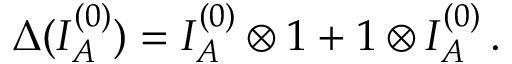
\Delta ( I _ { A } ^ { ( 0 ) } ) = I _ { A } ^ { ( 0 ) } \otimes 1 + 1 \otimes I _ { A } ^ { ( 0 ) } \, .